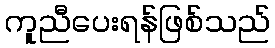
ကူညီပေးရန်ဖြစ်သည်